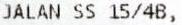
JALAN SS 15/4B,